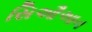
સિઔઆન